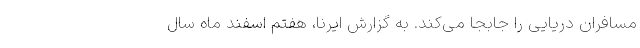
مسافران دریایی را جابجا می‌کند. به گزارش ایرنا، هفتم اسفند ماه سال